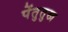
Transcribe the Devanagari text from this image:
पेंतुतुख